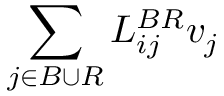
\sum _ { j \in { \cal { B } } \cup { \cal { R } } } { \cal { L } } _ { i j } ^ { B R } v _ { j }